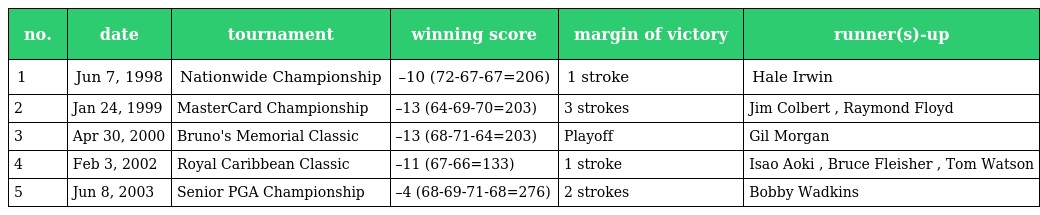
| no. | date | tournament | winning score | margin of victory | runner(s)-up |
 | --- | --- | --- | --- | --- | --- |
 | 1 | Jun 7, 1998 | Nationwide Championship | –10 (72-67-67=206) | 1 stroke | Hale Irwin |
 | 2 | Jan 24, 1999 | MasterCard Championship | –13 (64-69-70=203) | 3 strokes | Jim Colbert , Raymond Floyd |
 | 3 | Apr 30, 2000 | Bruno's Memorial Classic | –13 (68-71-64=203) | Playoff | Gil Morgan |
 | 4 | Feb 3, 2002 | Royal Caribbean Classic | –11 (67-66=133) | 1 stroke | Isao Aoki , Bruce Fleisher , Tom Watson |
 | 5 | Jun 8, 2003 | Senior PGA Championship | –4 (68-69-71-68=276) | 2 strokes | Bobby Wadkins |